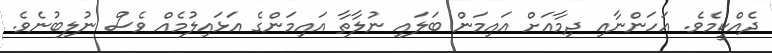
ދެއްކީމެވެ. އަހަންނާއި ދިމާއަށް އައިމަން ބަލައި ނުލާތާ އައިމަންގެ އަޅައިލުމެއް ވެސް ނުލިބުނެވެ.